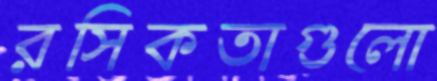
রসিকতাগুলো